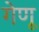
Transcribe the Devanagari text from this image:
गेणू